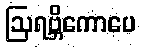
ဩရဗ္ဘိကောပေ